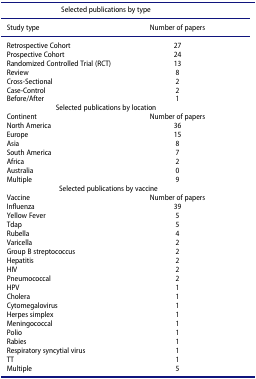
<table><thead><tr><td colspan="2"><b>Selected publications by type</b></td></tr><tr><td><b>Study type</b></td><td><b>Number of papers</b></td></tr></thead><tbody><tr><td>Retrospective Cohort</td><td>27</td></tr><tr><td>Prospective Cohort</td><td>24</td></tr><tr><td>Randomized Controlled Trial (RCT)</td><td>13</td></tr><tr><td>Review</td><td>8</td></tr><tr><td>Cross-Sectional</td><td>2</td></tr><tr><td>Case-Control</td><td>2</td></tr><tr><td>Before/After</td><td>1</td></tr><tr><td colspan="2">Selected publications by location</td></tr><tr><td>Continent</td><td>Number of papers</td></tr><tr><td>North America</td><td>36</td></tr><tr><td>Europe</td><td>15</td></tr><tr><td>Asia</td><td>8</td></tr><tr><td>South America</td><td>7</td></tr><tr><td>Africa</td><td>2</td></tr><tr><td>Australia</td><td>0</td></tr><tr><td>Multiple</td><td>9</td></tr><tr><td colspan="2">Selected publications by vaccine</td></tr><tr><td>Vaccine</td><td>Number of papers</td></tr><tr><td>Influenza</td><td>39</td></tr><tr><td>Yellow Fever</td><td>5</td></tr><tr><td>Tdap</td><td>5</td></tr><tr><td>Rubella</td><td>4</td></tr><tr><td>Varicella</td><td>2</td></tr><tr><td>Group B streptococcus</td><td>2</td></tr><tr><td>Hepatitis</td><td>2</td></tr><tr><td>HIV</td><td>2</td></tr><tr><td>Pneumococcal</td><td>2</td></tr><tr><td>HPV</td><td>1</td></tr><tr><td>Cholera</td><td>1</td></tr><tr><td>Cytomegalovirus</td><td>1</td></tr><tr><td>Herpes simplex</td><td>1</td></tr><tr><td>Meningococcal</td><td>1</td></tr><tr><td>Polio</td><td>1</td></tr><tr><td>Rabies</td><td>1</td></tr><tr><td>Respiratory syncytial virus</td><td>1</td></tr><tr><td>TT</td><td>1</td></tr><tr><td>Multiple</td><td>5</td></tr></tbody></table>